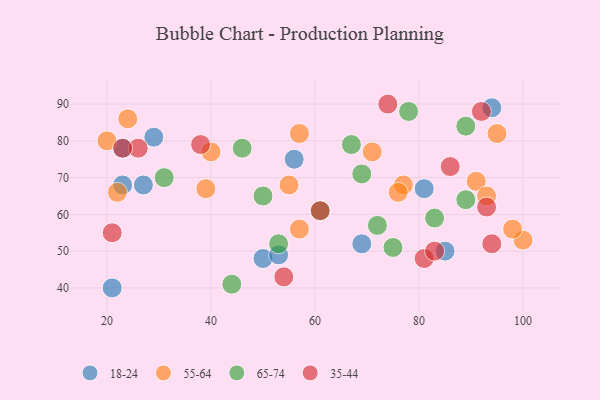
{"axis": {"x": "GDP", "y": "Life Expectancy"}, "legend": ["18-24", "35-44", "55-64", "65-74"], "data": [{"x": "85", "y": 50, "type": "18-24"}, {"x": "23", "y": 68, "type": "18-24"}, {"x": "94", "y": 89, "type": "18-24"}, {"x": "23", "y": 78, "type": "18-24"}, {"x": "81", "y": 67, "type": "18-24"}, {"x": "21", "y": 40, "type": "18-24"}, {"x": "29", "y": 81, "type": "18-24"}, {"x": "50", "y": 48, "type": "18-24"}, {"x": "69", "y": 52, "type": "18-24"}, {"x": "27", "y": 68, "type": "18-24"}, {"x": "56", "y": 75, "type": "18-24"}, {"x": "53", "y": 49, "type": "18-24"}, {"x": "100", "y": 53, "type": "55-64"}, {"x": "40", "y": 77, "type": "55-64"}, {"x": "91", "y": 69, "type": "55-64"}, {"x": "22", "y": 66, "type": "55-64"}, {"x": "20", "y": 80, "type": "55-64"}, {"x": "39", "y": 67, "type": "55-64"}, {"x": "24", "y": 86, "type": "55-64"}, {"x": "77", "y": 68, "type": "55-64"}, {"x": "57", "y": 82, "type": "55-64"}, {"x": "76", "y": 66, "type": "55-64"}, {"x": "55", "y": 68, "type": "55-64"}, {"x": "57", "y": 56, "type": "55-64"}, {"x": "98", "y": 56, "type": "55-64"}, {"x": "71", "y": 77, "type": "55-64"}, {"x": "95", "y": 82, "type": "55-64"}, {"x": "93", "y": 65, "type": "55-64"}, {"x": "50", "y": 65, "type": "65-74"}, {"x": "46", "y": 78, "type": "65-74"}, {"x": "69", "y": 71, "type": "65-74"}, {"x": "53", "y": 52, "type": "65-74"}, {"x": "75", "y": 51, "type": "65-74"}, {"x": "72", "y": 57, "type": "65-74"}, {"x": "78", "y": 88, "type": "65-74"}, {"x": "31", "y": 70, "type": "65-74"}, {"x": "83", "y": 59, "type": "65-74"}, {"x": "89", "y": 64, "type": "65-74"}, {"x": "89", "y": 84, "type": "65-74"}, {"x": "44", "y": 41, "type": "65-74"}, {"x": "67", "y": 79, "type": "65-74"}, {"x": "61", "y": 61, "type": "65-74"}, {"x": "21", "y": 55, "type": "35-44"}, {"x": "74", "y": 90, "type": "35-44"}, {"x": "93", "y": 62, "type": "35-44"}, {"x": "26", "y": 78, "type": "35-44"}, {"x": "23", "y": 78, "type": "35-44"}, {"x": "54", "y": 43, "type": "35-44"}, {"x": "94", "y": 52, "type": "35-44"}, {"x": "81", "y": 48, "type": "35-44"}, {"x": "86", "y": 73, "type": "35-44"}, {"x": "38", "y": 79, "type": "35-44"}, {"x": "61", "y": 61, "type": "35-44"}, {"x": "83", "y": 50, "type": "35-44"}, {"x": "92", "y": 88, "type": "35-44"}]}